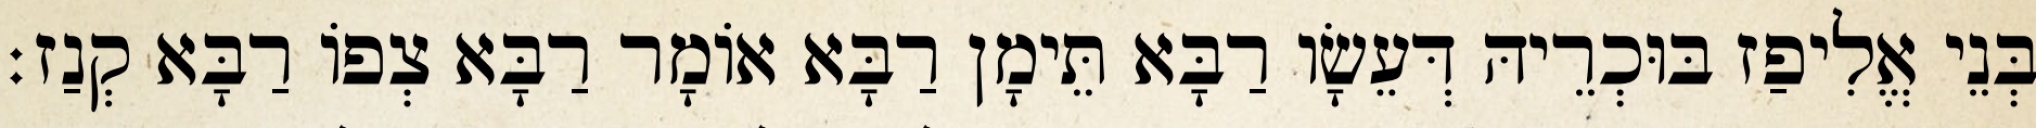
בְּנֵי אֱלִיפַז בּוּכְרֵיהּ דְּעֵשָׂו רַבָּא תֵּימָן רַבָּא אוֹמָר רַבָּא צְפוֹ רַבָּא קְנַז׃